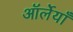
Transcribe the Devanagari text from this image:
ऑर्लेयाँ